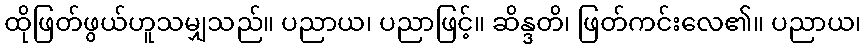
ထိုဖြတ်ဖွယ်ဟူသမျှသည်။ ပညာယ၊ ပညာဖြင့်။ ဆိန္ဒတိ၊ ဖြတ်ကင်းလေ၏။ ပညာယ၊